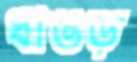
ধাঙড়